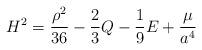
LaTeX: \begin{align*}H^2=\frac{\rho^2}{36}-\frac{2}{3}Q-\frac{1}{9}E +\frac{\cal \mu}{a^4}\end{align*}